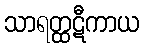
သာရတ္ထဋီကာယ